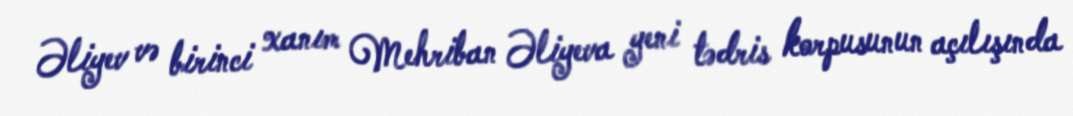
Əliyev və birinci xanım Mehriban Əliyeva yeni tədris korpusunun açılışında